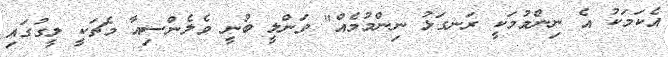
އެކަމަކު އެ ނިންމުމަކީ ރަނގަޅު ނިންމުމެއް" ވަންލީ ބުނީ ވެލެންސިއާ މެޗަކީ ލީގުގައި